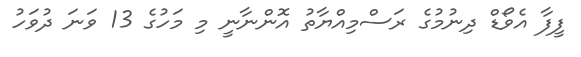
ފީފާ އެވޯޑް ދިނުމުގެ ރަސްމިއްޔާތު އޮންނާނީ މި މަހުގެ 13 ވަނަ ދުވަހު